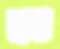
ব্রঞ্চ